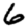
Digit: 6